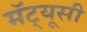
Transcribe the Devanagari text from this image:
मॅट्यूसी